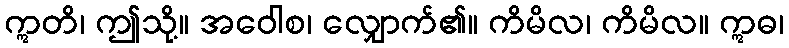
ဣတိ၊ ဤသို့။ အဝေါစ၊ လျှောက်၏။ ကိမိလ၊ ကိမိလ။ ဣဓ၊